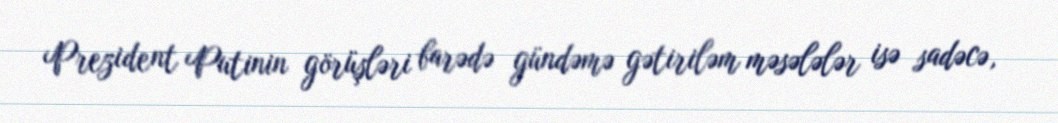
Prezident Putinin görüşləri barədə gündəmə gətiriləm məsələlər isə sadəcə,